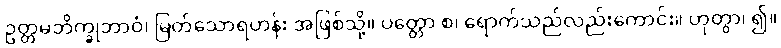
ဥတ္တမဘိက္ခုဘာဝံ၊ မြတ်သောရဟန်း အဖြစ်သို့။ ပတ္တော စ၊ ရောက်သည်လည်းကောင်း။ ဟုတွာ၊ ၍။